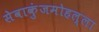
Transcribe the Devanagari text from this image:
सेवाकुंजमोहल्ला